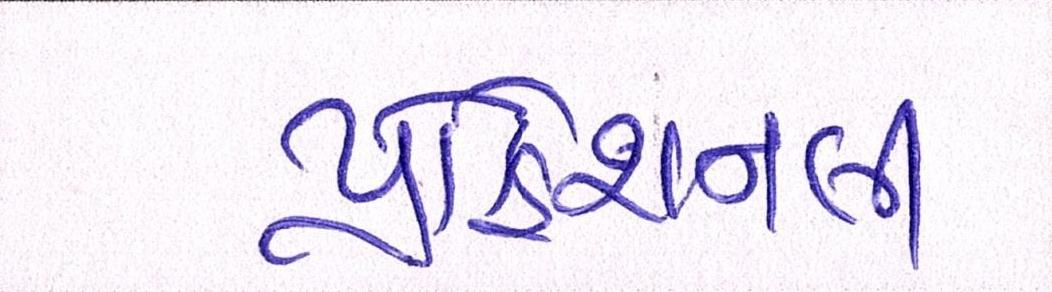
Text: પ્રોફેશનલી